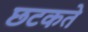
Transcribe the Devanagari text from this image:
छटकते